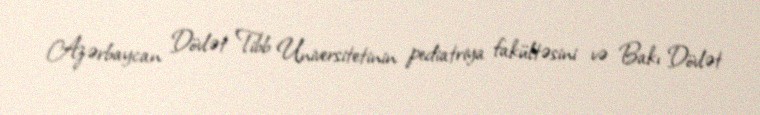
Azərbaycan Dövlət Tibb Universitetinin pediatriya fakültəsini və Bakı Dövlət